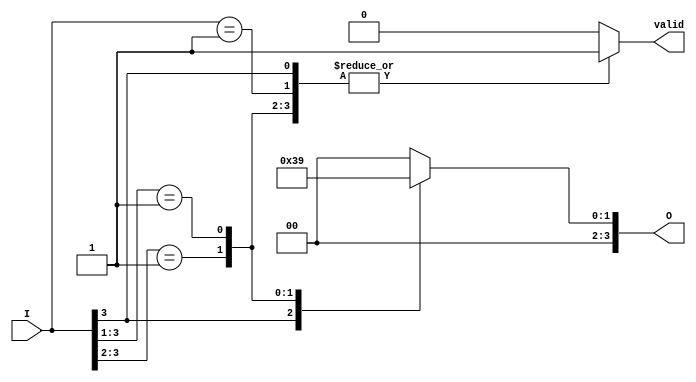
module priority_encoder #(parameter N = 4) (
    input wire [N-1:0] I,        // Input lines
    output reg [N-1:0] O,        // Output lines (binary representation of highest priority active input)
    output reg valid              // Active signal indicating if any input is active
);

    always @(*) begin
        valid = 1'b0;  // Default valid to 0
        O = {N{1'b0}}; // Default output to 0

        // Check inputs from highest priority to lowest
        casez (I)
            4'b1???: begin
                O = 3'b11; // I3 is active
                valid = 1'b1;
            end
            4'b01??: begin
                O = 3'b10; // I2 is active
                valid = 1'b1;
            end
            4'b001?: begin
                O = 3'b01; // I1 is active
                valid = 1'b1;
            end
            4'b0001: begin
                O = 3'b00; // I0 is active
                valid = 1'b1;
            end
            default: begin
                O = {N{1'b0}}; // No active input
                valid = 1'b0; // Valid signal is low
            end
        endcase
    end

endmodule